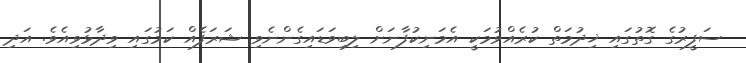
ސަފީރުގެ ގޮތުގައި ޚިދުމަތް ކުރެއްވުމަކީ އެމަނިކުފާނަށް ލިބިވަޑައިގެންނެވި ޝަރަފެއް ކަމުގައި ވިދާޅުވިއެވެ. އަދި